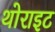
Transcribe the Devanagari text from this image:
थोराइट